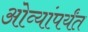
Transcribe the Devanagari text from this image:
ओव्यांपर्यंत